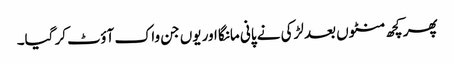
پھر کچھ منٹوں بعد لڑکی نے پانی مانگا اور یوں جن واک آؤٹ کر گیا۔